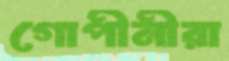
গোপীনীরা